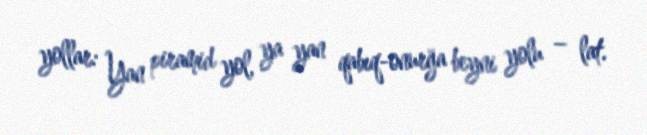
yollar: Yan piramid yol, ya yan qabıq-onurğa beyni yolu – lat.